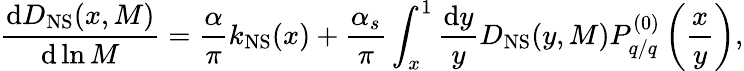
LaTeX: \frac{\mathrm{d}D_{\mathrm{NS}}(x,M)}{\mathrm{d}\ln M}=\frac{\alpha}{\pi}k_{\mathrm{NS}}(x)+\frac{\alpha_{s}}{\pi}\int_{x}^{1}\frac{\mathrm{d}y}{y}D_{\mathrm{NS}}(y,M)P_{q/q}^{(0)}\left(\frac{x}{y}\right),